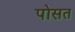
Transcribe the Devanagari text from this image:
पोसत